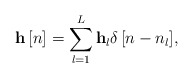
\begin{align*} {\bf{h}}\left[ n \right] = \sum\limits_{l = 1}^L {{\bf{h}}_l\delta \left[ {n - {n_l}} \right]}, \end{align*}